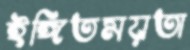
ইঙ্গিতময়তা